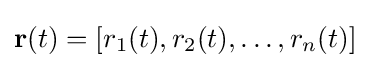
\mathbf {r} (t)=[r_{1}(t),r_{2}(t),\ldots ,r_{n}(t)]